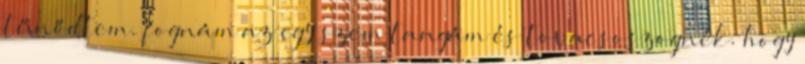
tűnődtem. fognám az egy szem tangám és tovacsoszognék. hogy